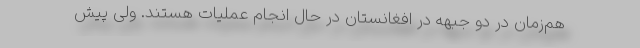
هم‌زمان در دو جبهه در افغانستان در حال انجام عملیات هستند. ولی پیش